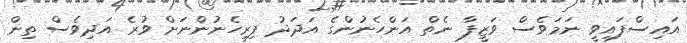
އައިސްފައިވީ ނަމަވެސް ވަޒީފާ ނެތް އަންހެނުންގެ އަދަދު ފިރިހެނުންނަށް ވުރެ އަދިވެސް ތިން